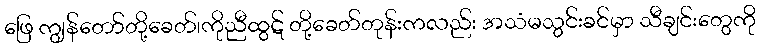
ဖြေ ကျွန်တော်တို့ခေတ်၊ကိုညီထွဋ် တို့ခေတ်တုန်းကလည်း အသံမသွင်းခင်မှာ သီချင်းတွေကို